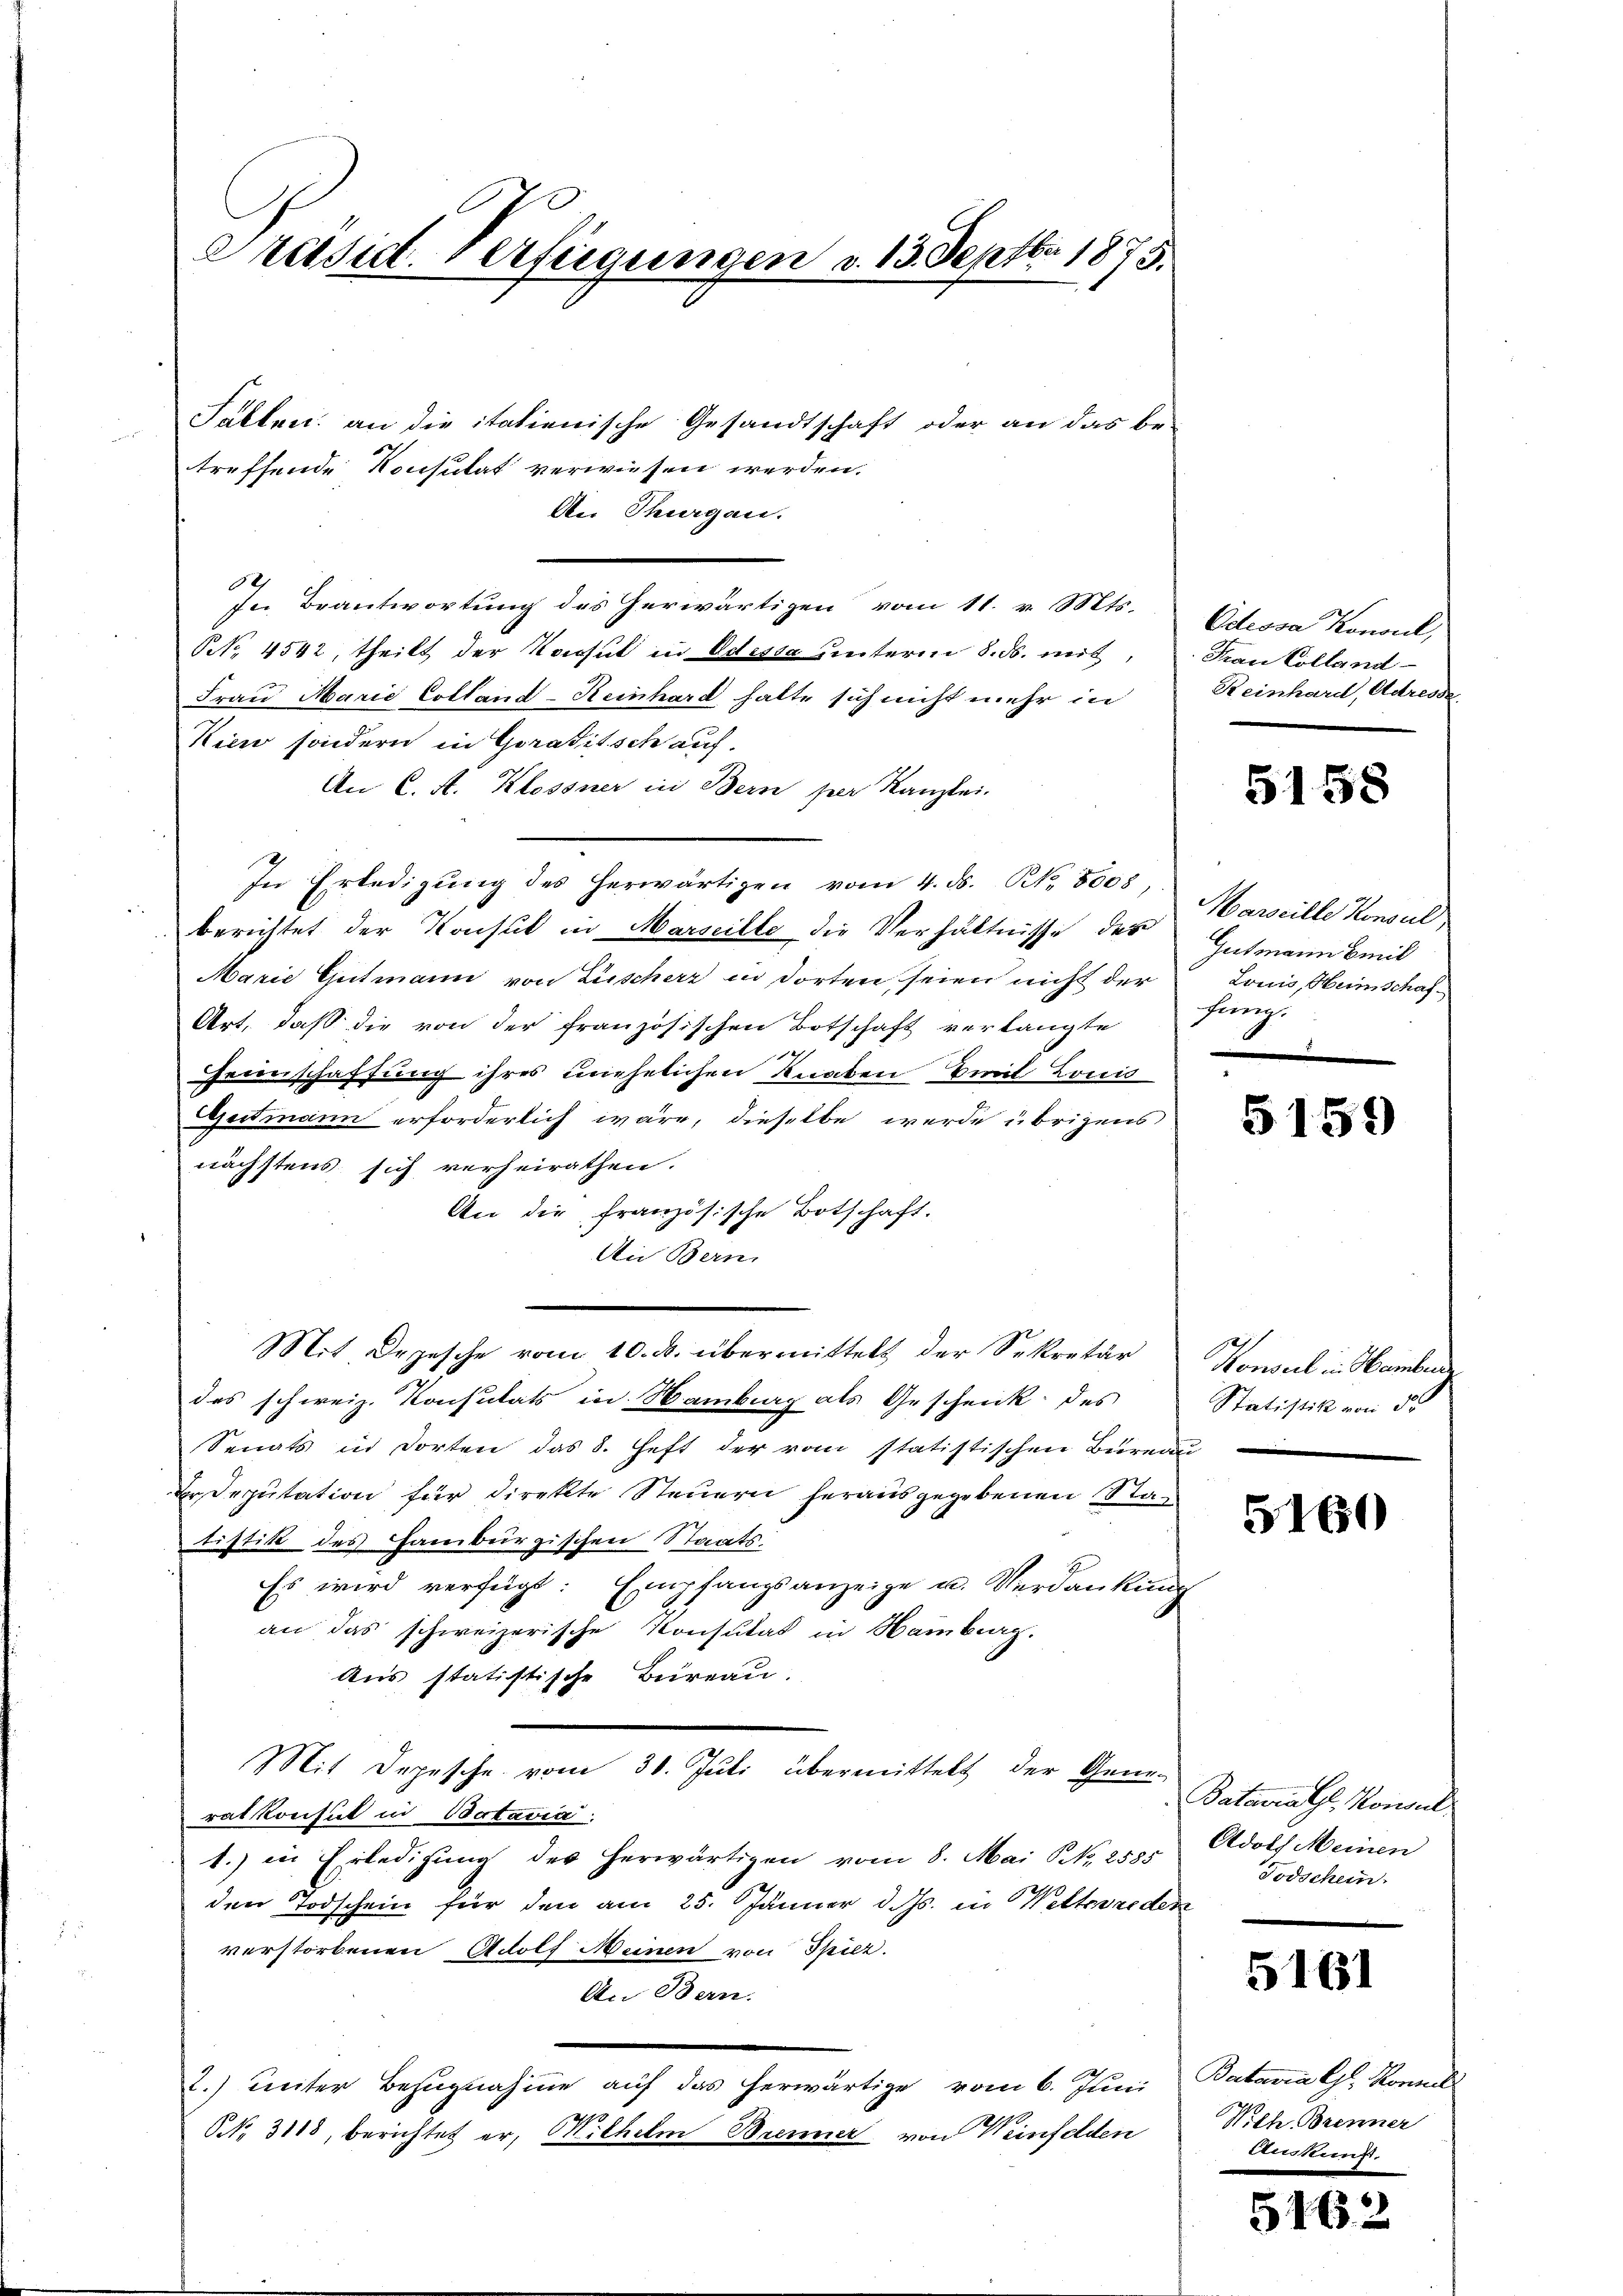
Präsid. Verfügungen v. 13. Septbr. 1875.

Sallen an die italienische Gesandtschaft oder an das be-
treffende Konsulat verwiesen werden.
An Thurgau.
e
fe Beantwortung des herwärtigen vom 11. v. Mts.
NNo. 4542, theilt der Konsul in Odessa unterm 8. ds. mit,
Frau Marie Colland-Reinhard hatte sich nicht mehr in
Kien sondern in Goraditsch auf.
An C. A. Klossner in Bern per Kanzlei.
In Erledigŭng des herwärtigen vom 4. ds. N. 8008
berichtet der Konsul in Marseille die Verhältnisse des Gutmann mit
Marie Gutmann von Lüscherz in dorten seien nicht der Louis, Heimschaf-
Art, daß die von der französischen Botschaft verlangte
Geinschaffung ihres unehelichen Knaben Emil Louis
Geitmann erforderlich wäre, dieselbe werde übrigens
nächstens sich verheirathen.
An die französische Botschaft.
An Bern,
Mit Depesche vom 10. ds. übermittelt der Sekretär
des schweiz. Konsulats in Samburg als Geschenk des
Senats in dorten das 8. Heft der vom statistischen Bureau
Ersdeputation für direkte Steuern herausgegebenen Stan
tistik des Hamburgischen Staats-
Es wird verfügt: Empfangsanzeige u. Verdankung
an das schweizerische Konsulat in Hamburg.
Aus statistische Bureau.
Mit Depesche vom 30. Juli übermittelt der Generatkonsul in Batavia
1.) in Erledigung des herwärtigen vom 8. Mai N. 2585
den Todschein für den am 25. Jänner d. Js. in Wettsreden
verstorbenen Adolf Meinen von Spiez.
An Bern:
F
2.) Weiter Bezugnahme auf das erwärtige vom 6. Juni
NNNo. 3118, berichtet er, Mithelm Brenner von Weinfelden

Odessa Konsul,
Frau Colland
Reinhard, Adresse.

5158

Marseille Konsul
fung.

5159

Konsul in Hamburg
Statistik von d
e

5160

Patawrath, Konsul
Adolf Meinen
Todschein

5161

Batavia Gl. Konnel
Wilh. Brenner
ken.

51